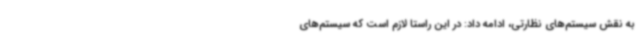
به نقش سیستم‌های نظارتی، ادامه داد: در این راستا لازم است که سیستم‌های